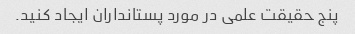
پنج حقیقت علمی در مورد پستانداران ایجاد کنید.